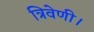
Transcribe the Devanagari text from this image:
त्रिवेणी।